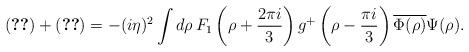
LaTeX: \begin{align*}\eqref{Achi2} +\eqref{Aphi1}= -(i\eta)^2 \int d \rho\, F_1 \left(\rho +\frac{2\pi i}{3}\right)g^+\left(\rho -\frac{\pi i}{3}\right)\overline{\Phi(\rho)}\Psi(\rho). \end{align*}